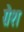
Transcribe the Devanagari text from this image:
ग्रेश